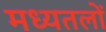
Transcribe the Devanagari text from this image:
मध्यतलों